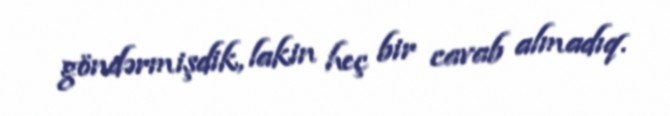
göndərmişdik, lakin heç bir cavab almadıq.